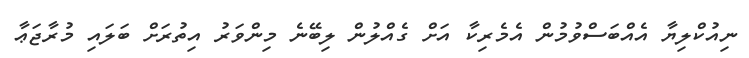
ނިއުކްލިޔާ އެއްބަސްވުމުން އެމެރިކާ އަށް ގެއްލުން ލިބޭނެ މިންވަރު އިތުރަށް ބަލައި މުރާޖަޢާ